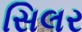
સિલર